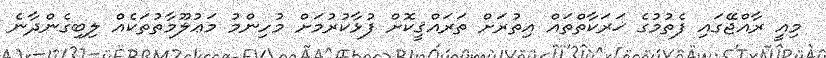
މިއީ ރާއްޖޭގައި ފެތުމުގެ ޚަރަކާތްތައް އިތުރަށް ތަރައްޤީކޮށް ފުޅާކުރުމަށް މުހިންމު މަޢުލޫމާތުތަކެއް ލިބިގެންދާނެ